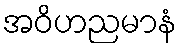
အဝိဟညမာနံ